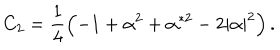
C _ { 2 } = \frac 1 4 \left( - 1 + \alpha ^ { 2 } + \alpha ^ { * 2 } - 2 \left| \alpha \right| ^ { 2 } \right) .